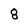
Character: 8